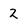
Character: 2